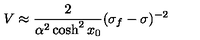
{ V \approx \frac { 2 } { \alpha ^ { 2 } \cosh ^ { 2 } x _ { 0 } } ( \sigma _ { f } - \sigma ) ^ { - 2 } }